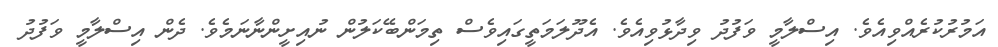
އަމުރުކުރެއްވިއެވެ. އިސްލާމީ ވަފުދު ވިދާޅުވިއެވެ. އެދޫލަމަތީގައިވެސް ތިމަންބޭކަލުން ނުއިށީންނާނަމެވެ. ދެން އިސްލާމީ ވަފުދު